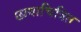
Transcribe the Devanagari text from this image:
छायाचित्रित